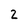
Character: 2